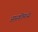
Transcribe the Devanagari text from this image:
आस्कीमध्ये